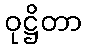
ဝုဋ္ဌိတာ